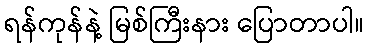
ရန်ကုန်နဲ့ မြစ်ကြီးနား ပြောတာပါ။